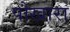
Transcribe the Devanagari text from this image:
पोखारा